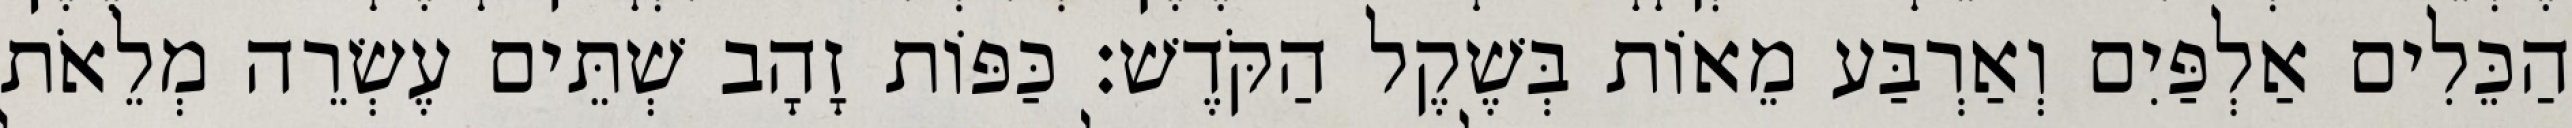
הַכֵּלִים אַלְפַּיִם וְאַרְבַּע מֵאוֹת בְּשֶׁקֶל הַקֹּדֶשׁ׃ כַּפּוֹת זָהָב שְׁתֵּים עֶשְׂרֵה מְלֵאֹת